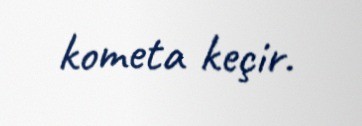
kometa keçir.